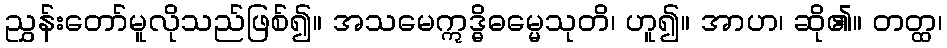
ညွှန်းတော်မူလိုသည်ဖြစ်၍။ အသမေဣဒ္ဓိဓမ္မေသုတိ၊ ဟူ၍။ အာဟ၊ ဆို၏။ တတ္ထ၊